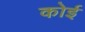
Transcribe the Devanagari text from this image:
कोई